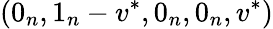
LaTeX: (0_{n},1_{n}-v^{*},0_{n},0_{n},v^{*})